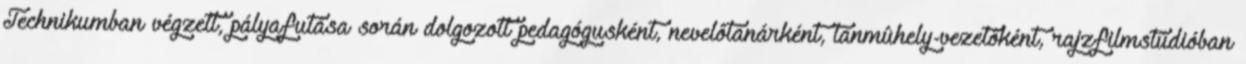
Technikumban végzett, pályafutása során dolgozott pedagógusként, nevelôtanárként, tanmûhely-vezetôként, rajzfilmstúdióban